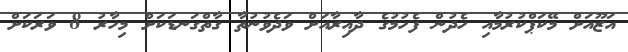
އަޒޫއަށް މޭކަޕްކުރުމާއި ހެދުން ފެހުމުގެ ދާއިރާއަށް ވަދެވުނުތާ ގާތްގަނޑަކަށް މިހާރު 8 ވަރަކަށް